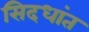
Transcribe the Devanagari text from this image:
सिदधांत